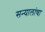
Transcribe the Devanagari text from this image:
सन्यालांचा